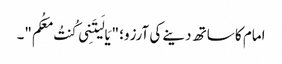
امام کا ساتھ دینے کی آرزو؛ "یَا لَیتَنِی کُنتُ مَعَکُم"۔